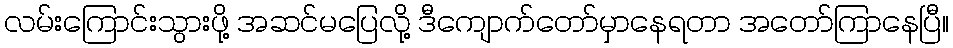
လမ်းကြောင်းသွားဖို့ အဆင်မပြေလို့ ဒီကျောက်တော်မှာနေရတာ အတော်ကြာနေပြီ။